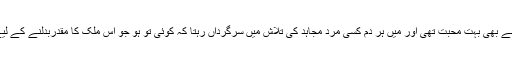
مجھے علماء کرام سے بھی بہت محبت تھی اور میں ہر دم کسی مرد مجاہد کی تلاش میں سرگرداں رہتا کہ کوئی تو ہو جو اس ملک کا مقدربدلنے کے لیے ہماری آواز سنے۔